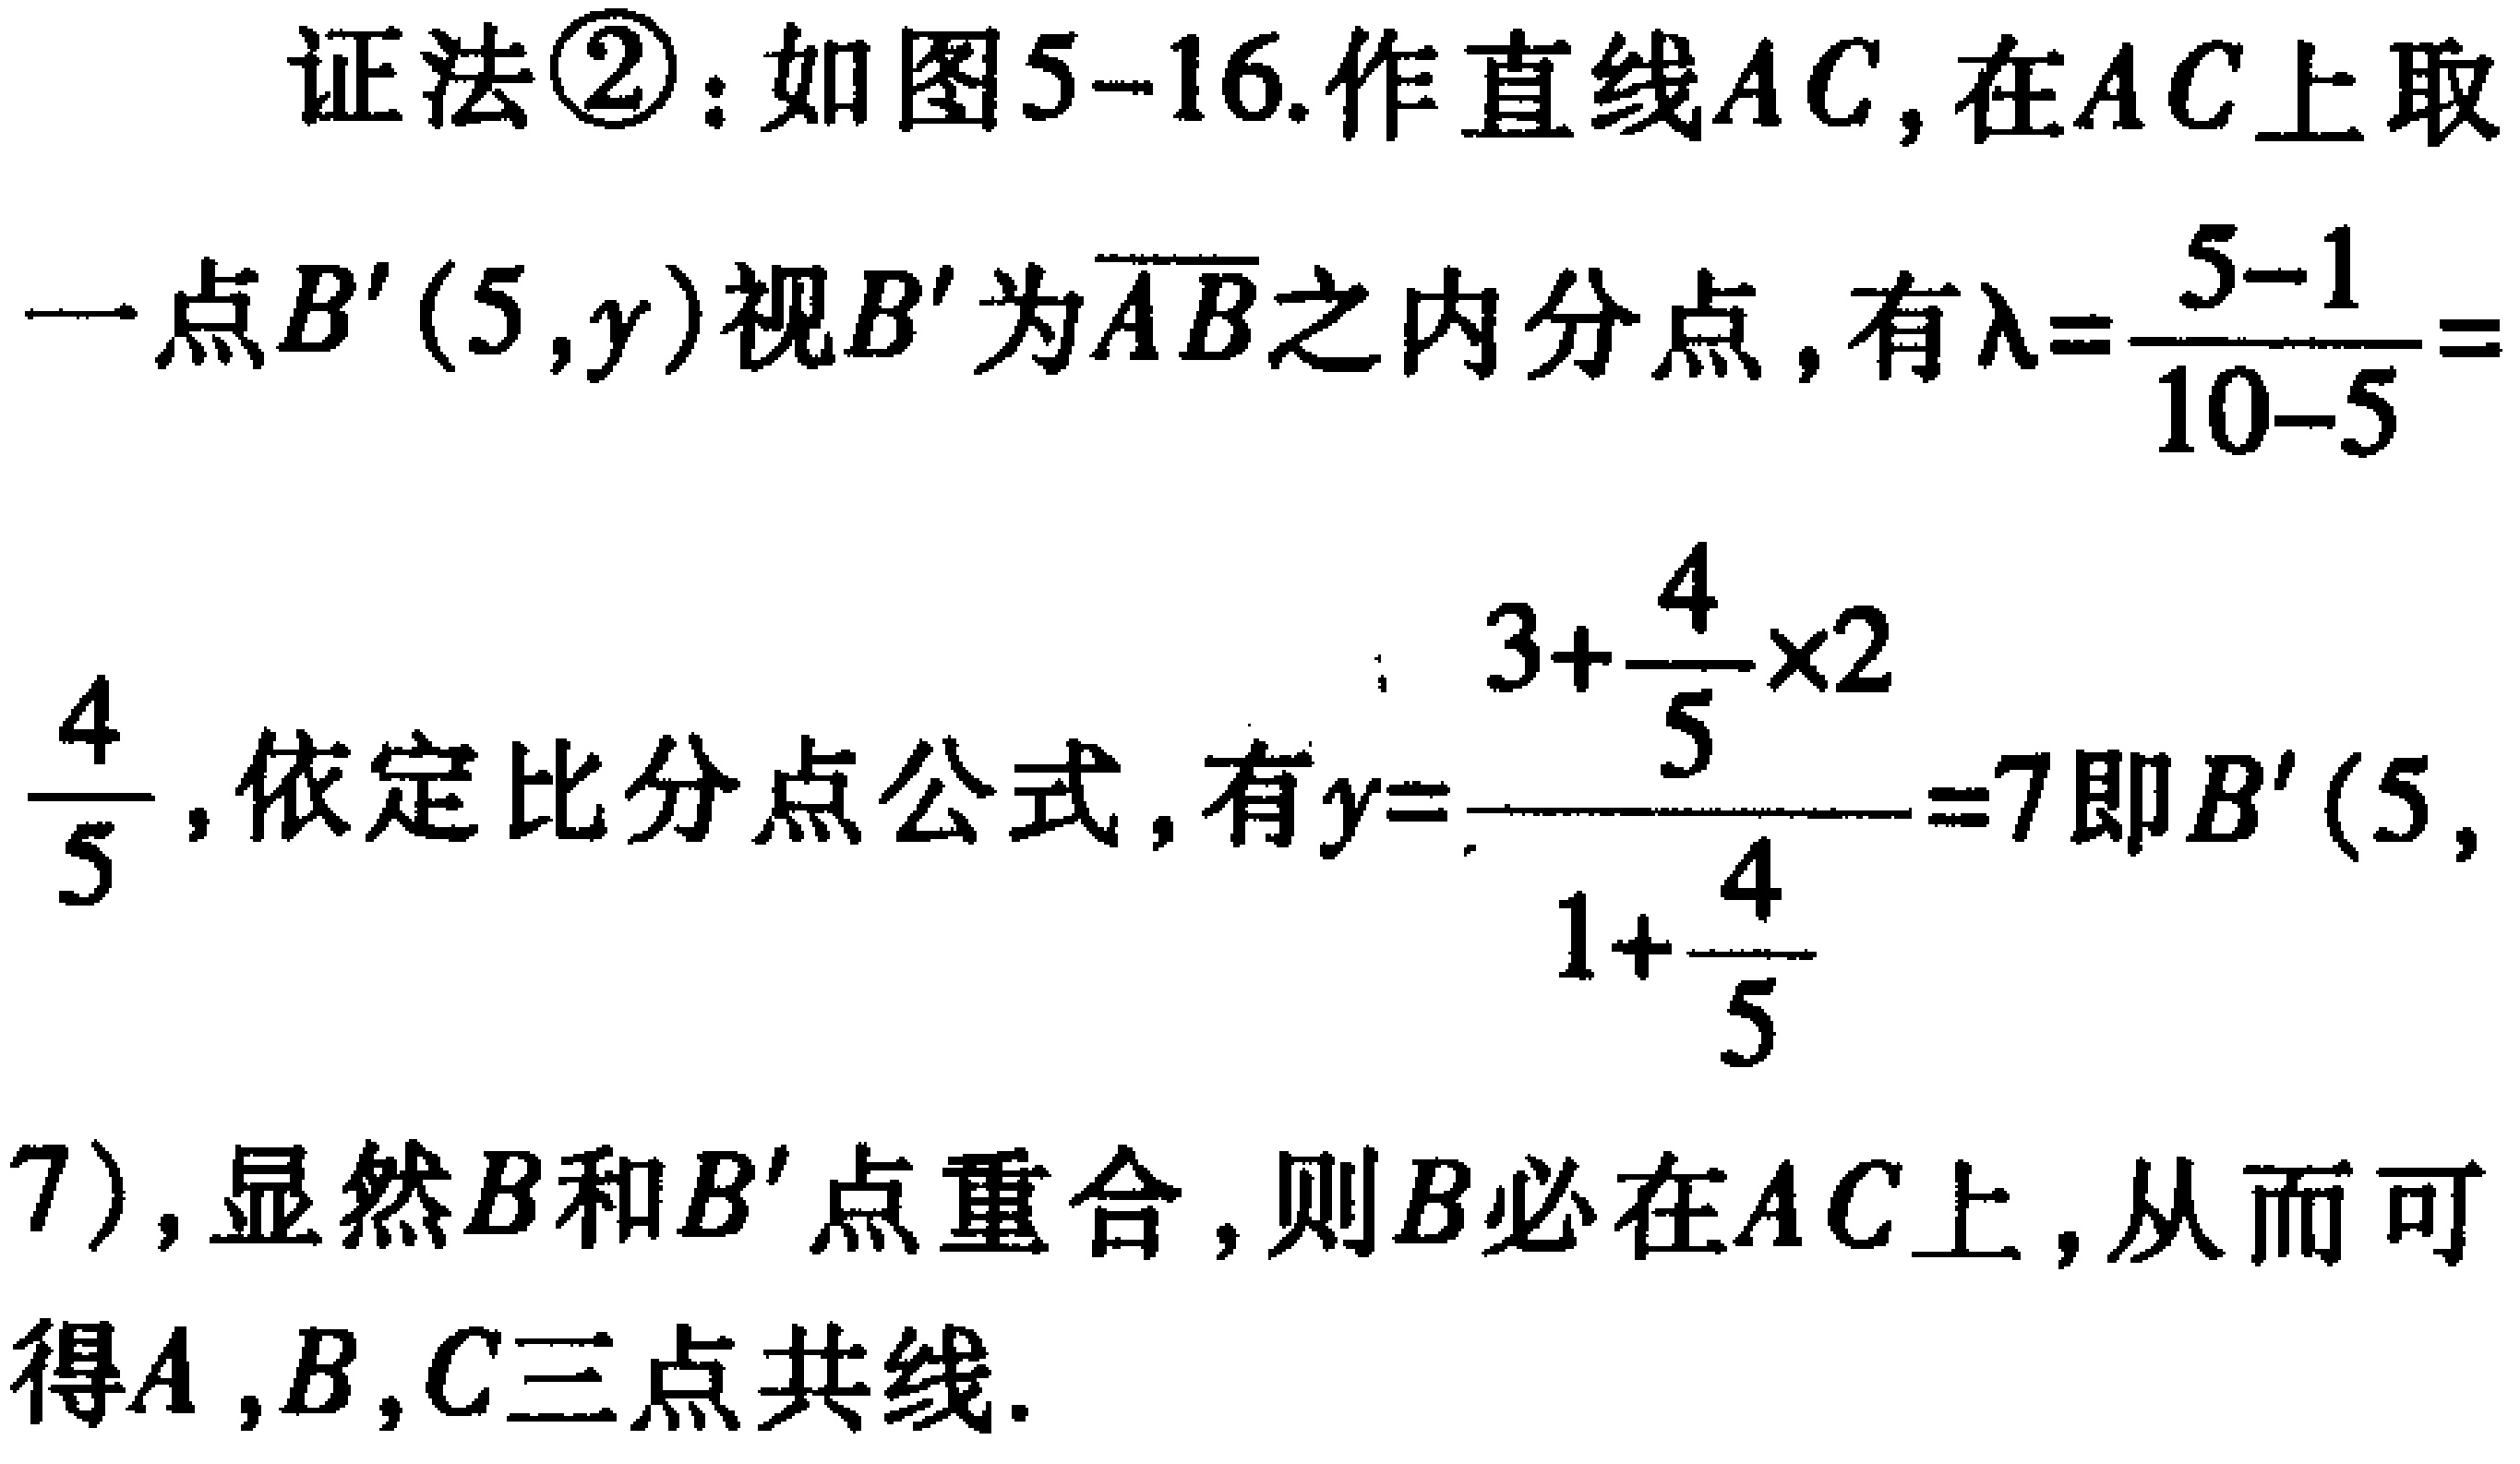
证法\textcircled{2}：如图5--16.作直线\(AC\)，在\(AC\)上取
一点\(B'(5,y)\)视\(B'\)为\(\overline{AB}\)之内分点，有\(\lambda = \frac{5 - 1}{10 - 5} =\)
\(\frac{4}{5}\)，依定比分点公式，有\(y = \frac{3+\frac{4}{5} \times 2}{1+\frac{4}{5}} = 7\)即\(B'(5,\)
\(7)\)，显然\(B\)和\(B'\)点重合，则\(B\)必在\(AC\)上，从而可
得\(A,B,C\)三点共线.